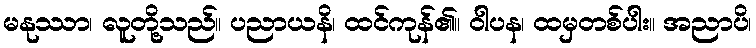
မနုဿာ၊ လူတို့သည်။ ပညာယနိ၊ ထင်ကုန်၏။ ဝါပန၊ ထမှတစ်ပါး။ အညာပိ၊